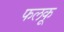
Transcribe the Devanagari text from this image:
फलकू